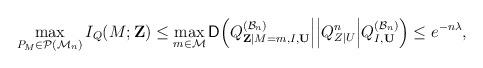
LaTeX: \begin{align*} \max_{P_M\in\mathcal{P}(\mathcal{M}_n)}I_Q(M;\mathbf{Z})\leq\max_{m\in\mathcal{M}}\mathsf{D}\Big(Q^{(\mathcal{B}_n)}_{\mathbf{Z}|M=m,I,\mathbf{U}}\Big|\Big|Q^n_{Z|U}\Big|Q^{(\mathcal{B}_n)}_{I,\mathbf{U}}\Big)\leq e^{-n\lambda},\end{align*}